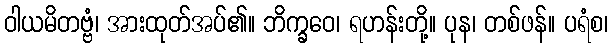
ဝါယမိတဗ္ဗံ၊ အားထုတ်အပ်၏။ ဘိက္ခဝေ၊ ရဟန်းတို့။ ပုန၊ တစ်ဖန်။ ပရံစ၊